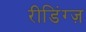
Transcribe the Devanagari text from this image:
रीडिंग्ज़